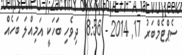
ސެޕްޓެމްބަރު 17